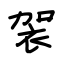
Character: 袈